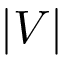
\vert V \vert